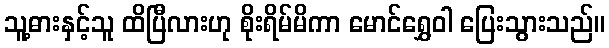
သူ့ဓားနှင့်သူ ထိပြီလားဟု စိုးရိမ်မိကာ မောင်ရွှေဝါ ပြေးသွားသည်။